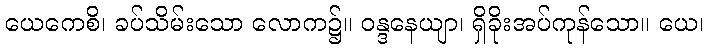
ယေကေစိ၊ ခပ်သိမ်းသော လောက၌။ ဝန္ဒနေယျာ၊ ရှိခိုးအပ်ကုန်သော။ ယေ၊